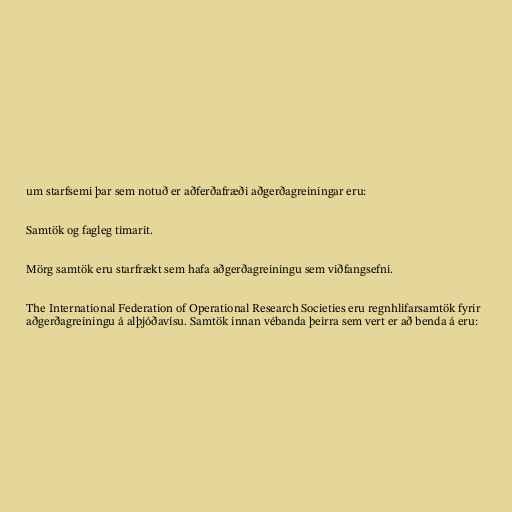
um starfsemi þar sem notuð er aðferðafræði aðgerðagreiningar eru:

Samtök og fagleg tímarit.

Mörg samtök eru starfrækt sem hafa aðgerðagreiningu sem viðfangsefni.

The International Federation of Operational Research Societies eru regnhlífarsamtök fyrir
aðgerðagreiningu á alþjóðavísu. Samtök innan vébanda þeirra sem vert er að benda á eru: